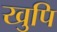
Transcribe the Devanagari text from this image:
खुपि